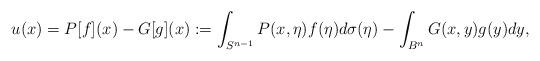
LaTeX: \begin{align*}u(x)=P[f](x)- G[g](x): =\int_{S^{n-1}}P(x,\eta)f(\eta)d\sigma(\eta)-\int_{B^{n}}G(x,y)g(y)dy,\, \end{align*}